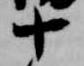
十